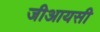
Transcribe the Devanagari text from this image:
जीआयसी